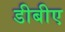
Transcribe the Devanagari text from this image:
डीबीए